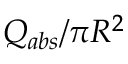
Q _ { a b s } / \pi R ^ { 2 }